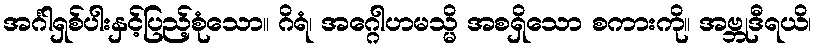
အင်္ဂါရှစ်ပါးနှင့်ပြည့်စုံသော။ ဂိရံ၊ အဂ္ဂေါဟမသ္မိ အစရှိသော စကားကို။ အဗ္ဘုဒီရယိ၊